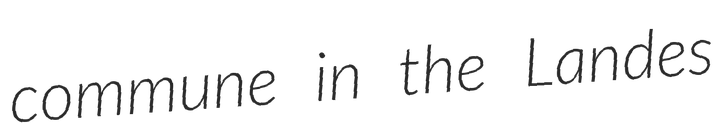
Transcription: commune in the Landes